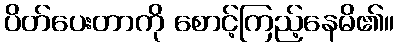
ပိတ်ပေးတာကို စောင့်ကြည့်နေမိ၏။